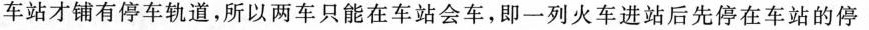
车站才铺有停车轨道，所以两车只能在车站会车，即一列火车进站后先停在车站的停